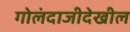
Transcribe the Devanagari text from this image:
गोलंदाजीदेखील